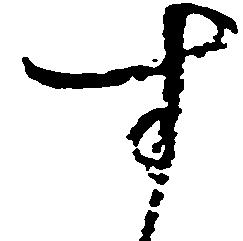
す